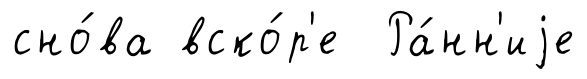
сно́ва вско́р'е Ра́нн'иjе